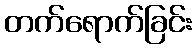
တက်ရောက်ခြင်း